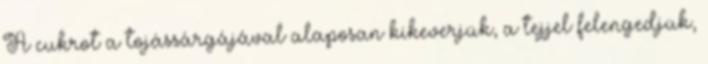
A cukrot a tojássárgájával alaposan kikeverjük, a tejjel felengedjük,